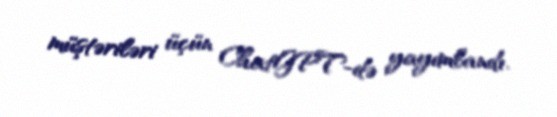
müştəriləri üçün ChatGPT-də yayımlandı.